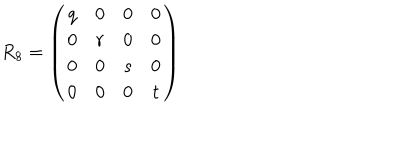
R _ { 8 } = \left( \begin{array} { c c c c } { { q } } & { { 0 } } & { { 0 } } & { { 0 } } \\ { { 0 } } & { { r } } & { { 0 } } & { { 0 } } \\ { { 0 } } & { { 0 } } & { { s } } & { { 0 } } \\ { { 0 } } & { { 0 } } & { { 0 } } & { { t } } \\ \end{array} \right)